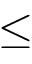
\leq